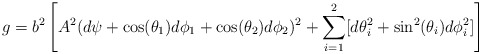
\begin{align*}g =b^2 \left[ A^2(d\psi +\cos(\theta_1)d\phi_1 + \cos(\theta_2) d\phi_2)^2+ \sum_{i=1}^2[d\theta_i^2+\sin^2(\theta_i)d\phi_i^2] \right]\end{align*}